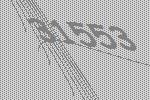
31553